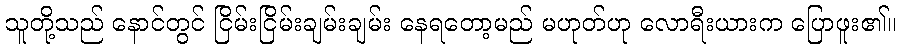
သူတို့သည် နောင်တွင် ငြိမ်းငြိမ်းချမ်းချမ်း နေရတော့မည် မဟုတ်ဟု လောရီးယားက ပြောဖူး၏။